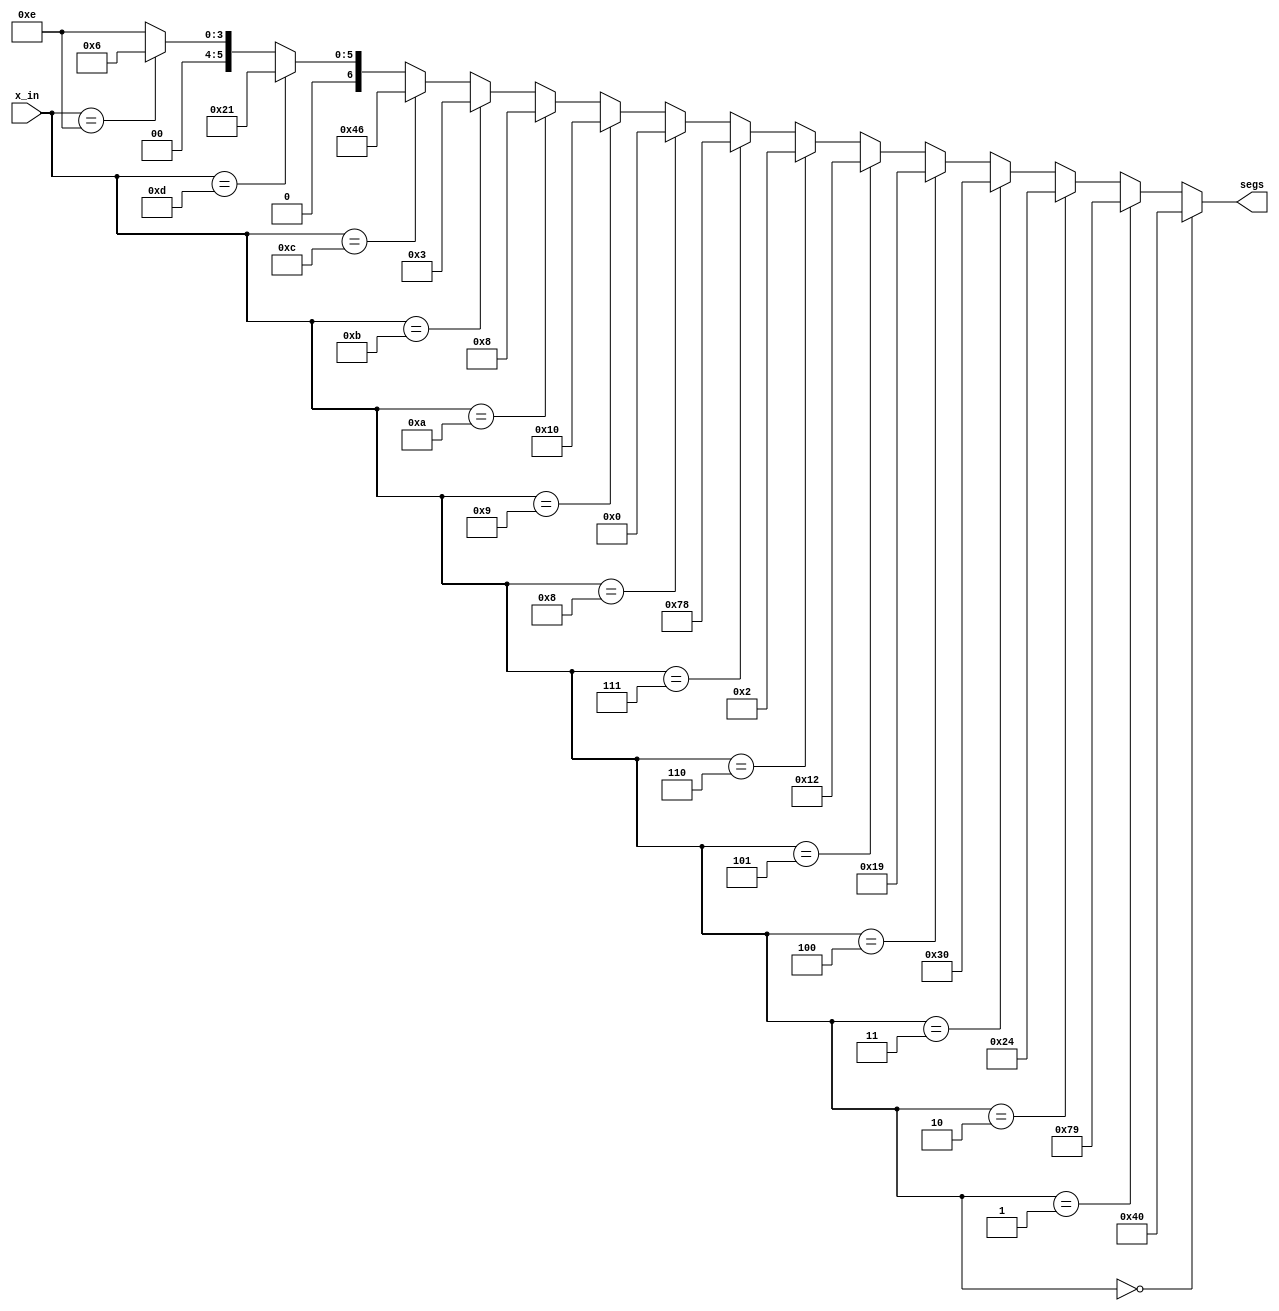
module sevseg_dec(x_in, segs);
    input [3:0]   x_in;
	output [6:0] segs;

assign segs =
		(x_in == 4'h0) ? 7'b1000000 :
		(x_in == 4'h1) ? 7'b1111001 :
		(x_in == 4'h2) ? 7'b0100100 :
		(x_in == 4'h3) ? 7'b0110000 :
		(x_in == 4'h4) ? 7'b0011001 :
		(x_in == 4'h5) ? 7'b0010010 :
		(x_in == 4'h6) ? 7'b0000010 :  
		(x_in == 4'h7) ? 7'b1111000 :
		(x_in == 4'h8) ? 7'b0000000 :
		(x_in == 4'h9) ? 7'b0010000 :
		(x_in == 4'ha) ? 7'b0001000 :
		(x_in == 4'hb) ? 7'b0000011 :
		(x_in == 4'hc) ? 7'b1000110 :
		(x_in == 4'hd) ? 7'b0100001 :
		(x_in == 4'he) ? 7'b0000110 :
						7'b0001110 ;
		  
endmodule